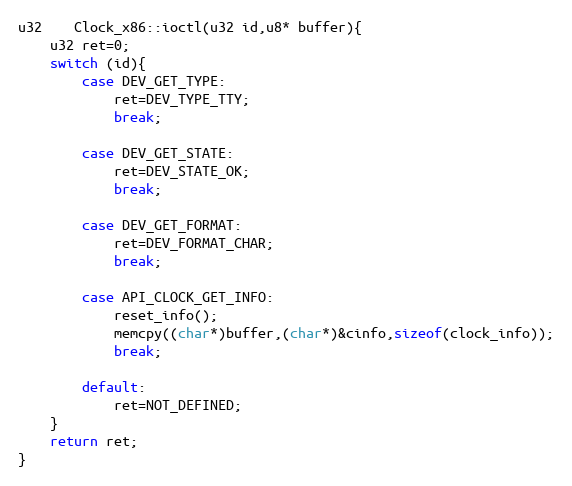
Language: C++
u32	Clock_x86::ioctl(u32 id,u8* buffer){
	u32 ret=0;
	switch (id){
		case DEV_GET_TYPE:
			ret=DEV_TYPE_TTY;
			break;

		case DEV_GET_STATE:
			ret=DEV_STATE_OK;
			break;

		case DEV_GET_FORMAT:
			ret=DEV_FORMAT_CHAR;
			break;

		case API_CLOCK_GET_INFO:
			reset_info();
			memcpy((char*)buffer,(char*)&cinfo,sizeof(clock_info));
			break;

		default:
			ret=NOT_DEFINED;
	}
	return ret;
}